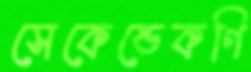
সেকেন্ডেকণি